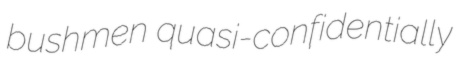
bushmen quasi-confidentially